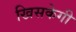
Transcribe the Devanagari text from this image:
खिसकेगी